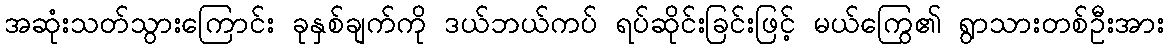
အဆုံးသတ်သွားကြောင်း ခုနှစ်ချက်ကို ဒယ်ဘယ်ကပ် ရပ်ဆိုင်းခြင်းဖြင့် မယ်ကြွေ၏ ရွာသားတစ်ဦးအား